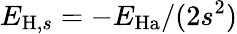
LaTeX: E_{\mathrm{H},s}=-E_{\mathrm{Ha}}/(2s^{2})